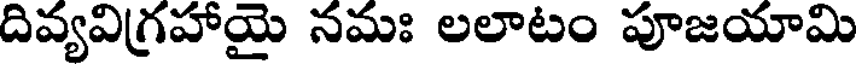
దివ్యవిగ్రహాయై నమః లలాటం పూజయామి